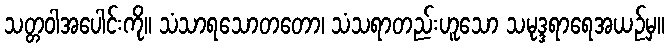
သတ္တဝါအပေါင်းကို။ သံသာရသောတတော၊ သံသရာတည်းဟူသော သမုဒ္ဒရာရေအယဉ်မှ။